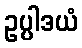
ဥပ္ပါဒယံ